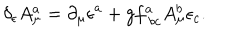
\delta _ { \epsilon } A _ { \mu } ^ { a } = \partial _ { \mu } \epsilon ^ { a } + g f _ { \; b c } ^ { a } A _ { \mu } ^ { b } \epsilon _ { c } .